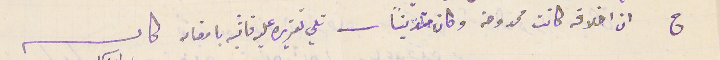
ج ان اخلاقه كانت ممدوحة وكان متدينًا - تلي تقريره عليه فاثبته بامضاىه كاتب